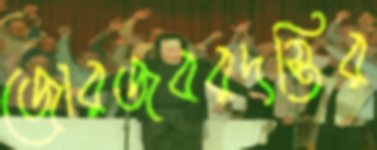
জোরজবরদস্তির